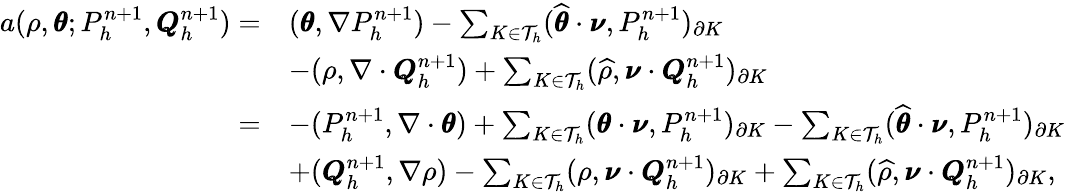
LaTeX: \begin{array}{rl}{a(\rho,\pmb{\theta};P_{h}^{n+1},\pmb{Q}_{h}^{n+1})=}&{(\pmb{\theta},\nabla P_{h}^{n+1})-\sum_{K\in\mathcal{T}_{h}}(\widehat{\pmb{\theta}}\cdot\pmb{\nu},P_{h}^{n+1})_{\partial K}}\\ &{-(\rho,\nabla\cdot\pmb{Q}_{h}^{n+1})+\sum_{K\in\mathcal{T}_{h}}(\widehat{\rho},\pmb{\nu}\cdot\pmb{Q}_{h}^{n+1})_{\partial K}}\\ {=}&{-(P_{h}^{n+1},\nabla\cdot\pmb{\theta})+\sum_{K\in\mathcal{T}_{h}}(\pmb{\theta}\cdot\pmb{\nu},P_{h}^{n+1})_{\partial K}-\sum_{K\in\mathcal{T}_{h}}(\widehat{\pmb{\theta}}\cdot\pmb{\nu},P_{h}^{n+1})_{\partial K}}\\ &{+(\pmb{Q}_{h}^{n+1},\nabla\rho)-\sum_{K\in\mathcal{T}_{h}}(\rho,\pmb{\nu}\cdot\pmb{Q}_{h}^{n+1})_{\partial K}+\sum_{K\in\mathcal{T}_{h}}(\widehat{\rho},\pmb{\nu}\cdot\pmb{Q}_{h}^{n+1})_{\partial K},}\end{array}